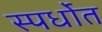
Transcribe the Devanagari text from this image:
स्पर्धाेत